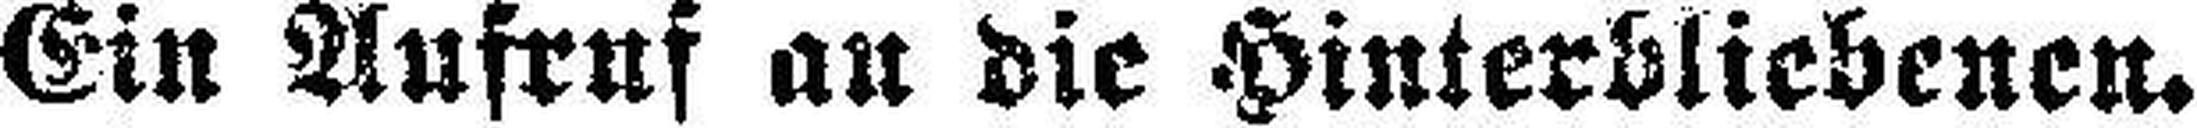
Ein Aufruf au die Hinterbliebenen.